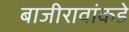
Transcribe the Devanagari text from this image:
बाजीरावांकडे